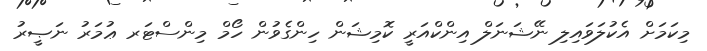
މިކަމަށް އެކުލަވައިލި ނޭޝަނަލް އިންކްއަރީ ކޮމިޝަން ހިންގެވުން ހޯމް މިންސްޓަރ ޢުމަރު ނަޞީރު